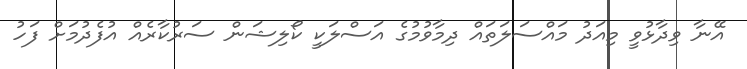
އޭނާ ވިދާޅުވީ މިއަދު މައްސަލަތައް ދިމާވުމުގެ އަސްލަކީ ކޯލިޝަން ސަރުކާރެއް އުފެދުމަށް ފަހު